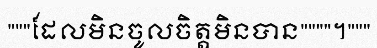
"""ដែលមិនចូលចិត្តមិនបាន""""។"""